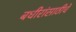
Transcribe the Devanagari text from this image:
बधीरांसाठीचे